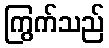
ကြွက်သည်